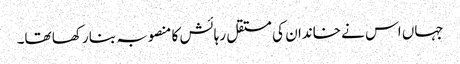
جہاں اس نے خاندان کی مستقل رہائش کا منصوبہ بنا رکھا تھا۔